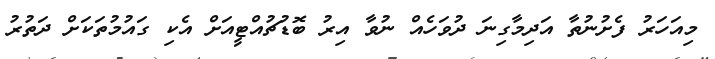
މިއަހަރު ފެށުނުތާ އަދިމާގިނަ ދުވަހެއް ނުވާ އިރު ބޮޑުޗުއްޓީއަށް އެކި ގައުމުތަކަށް ދަތުރު